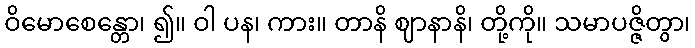
ဝိမောစေန္တော၊ ၍။ ဝါ ပန၊ ကား။ တာနိ ဈာနာနိ၊ တို့ကို။ သမာပဇ္ဇိတွာ၊